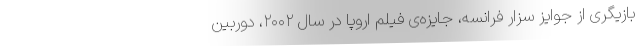
بازیگری از جوایز سزار فرانسه، جایزه‌ی فیلم اروپا در سال ۲۰۰۲، دوربین